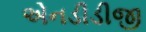
એનડીડીજી